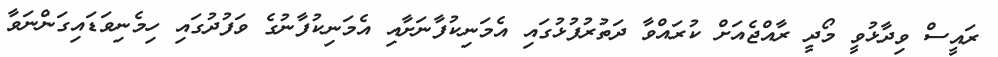
ރައީސް ވިދާޅުވީ މޯދީ ރާއްޖެއަށް ކުރައްވާ ދަތުރުފުޅުގައި އެމަނިކުފާނަށާއި އެމަނިކުފާނުގެ ވަފުދުގައި ހިމެނިވަޑައިގަންނަވާ